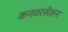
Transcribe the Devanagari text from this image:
कनवरसेशन